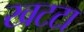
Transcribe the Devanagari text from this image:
खटटा